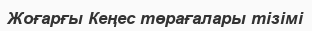
Жоғарғы Кеңес төрағалары тізімі